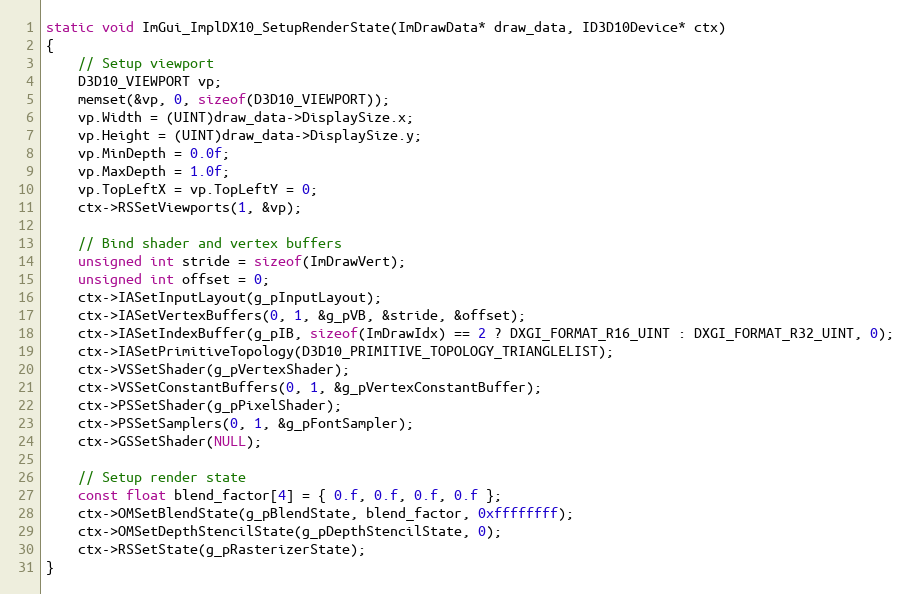
Language: C++
static void ImGui_ImplDX10_SetupRenderState(ImDrawData* draw_data, ID3D10Device* ctx)
{
    // Setup viewport
    D3D10_VIEWPORT vp;
    memset(&vp, 0, sizeof(D3D10_VIEWPORT));
    vp.Width = (UINT)draw_data->DisplaySize.x;
    vp.Height = (UINT)draw_data->DisplaySize.y;
    vp.MinDepth = 0.0f;
    vp.MaxDepth = 1.0f;
    vp.TopLeftX = vp.TopLeftY = 0;
    ctx->RSSetViewports(1, &vp);

    // Bind shader and vertex buffers
    unsigned int stride = sizeof(ImDrawVert);
    unsigned int offset = 0;
    ctx->IASetInputLayout(g_pInputLayout);
    ctx->IASetVertexBuffers(0, 1, &g_pVB, &stride, &offset);
    ctx->IASetIndexBuffer(g_pIB, sizeof(ImDrawIdx) == 2 ? DXGI_FORMAT_R16_UINT : DXGI_FORMAT_R32_UINT, 0);
    ctx->IASetPrimitiveTopology(D3D10_PRIMITIVE_TOPOLOGY_TRIANGLELIST);
    ctx->VSSetShader(g_pVertexShader);
    ctx->VSSetConstantBuffers(0, 1, &g_pVertexConstantBuffer);
    ctx->PSSetShader(g_pPixelShader);
    ctx->PSSetSamplers(0, 1, &g_pFontSampler);
    ctx->GSSetShader(NULL);

    // Setup render state
    const float blend_factor[4] = { 0.f, 0.f, 0.f, 0.f };
    ctx->OMSetBlendState(g_pBlendState, blend_factor, 0xffffffff);
    ctx->OMSetDepthStencilState(g_pDepthStencilState, 0);
    ctx->RSSetState(g_pRasterizerState);
}